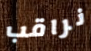
نراقب